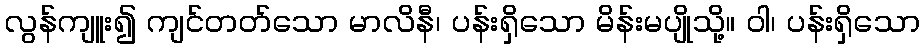
လွန်ကျူး၍ ကျင်တတ်သော မာလိနီ၊ ပန်းရှိသော မိန်းမပျိုသို့။ ဝါ၊ ပန်းရှိသော